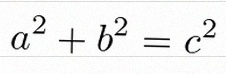
a^2+b^2=c^2